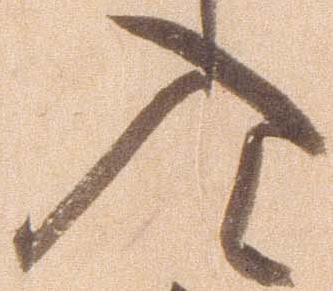
入